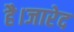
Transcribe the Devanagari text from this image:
है।जारेद